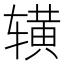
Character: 𬨒